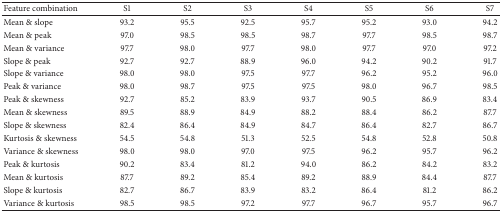
<table><thead><tr><td><b>Feature combination</b></td><td><b>S1</b></td><td><b>S2</b></td><td><b>S3</b></td><td><b>S4</b></td><td><b>S5</b></td><td><b>S6</b></td><td><b>S7</b></td></tr></thead><tbody><tr><td>Mean &amp; slope</td><td>93.2</td><td>95.5</td><td>92.5</td><td>95.7</td><td>95.2</td><td>93.0</td><td>94.2</td></tr><tr><td>Mean &amp; peak</td><td>97.0</td><td>98.5</td><td>98.5</td><td>98.7</td><td>97.7</td><td>98.5</td><td>98.7</td></tr><tr><td>Mean &amp; variance</td><td>97.7</td><td>98.0</td><td>97.7</td><td>98.0</td><td>97.7</td><td>97.0</td><td>97.2</td></tr><tr><td>Slope &amp; peak</td><td>92.7</td><td>92.7</td><td>88.9</td><td>96.0</td><td>94.2</td><td>90.2</td><td>91.7</td></tr><tr><td>Slope &amp; variance</td><td>98.0</td><td>98.0</td><td>97.5</td><td>97.7</td><td>96.2</td><td>95.2</td><td>96.0</td></tr><tr><td>Peak &amp; variance</td><td>98.0</td><td>98.7</td><td>97.5</td><td>97.5</td><td>98.0</td><td>96.7</td><td>98.5</td></tr><tr><td>Peak &amp; skewness</td><td>92.7</td><td>85.2</td><td>83.9</td><td>93.7</td><td>90.5</td><td>86.9</td><td>83.4</td></tr><tr><td>Mean &amp; skewness</td><td>89.5</td><td>88.9</td><td>84.9</td><td>88.2</td><td>88.4</td><td>86.2</td><td>87.7</td></tr><tr><td>Slope &amp; skewness</td><td>82.4</td><td>86.4</td><td>84.9</td><td>84.7</td><td>86.4</td><td>82.7</td><td>86.7</td></tr><tr><td>Kurtosis &amp; skewness</td><td>54.5</td><td>54.8</td><td>51.3</td><td>52.5</td><td>54.8</td><td>52.8</td><td>50.8</td></tr><tr><td>Variance &amp; skewness</td><td>98.0</td><td>98.0</td><td>97.0</td><td>97.5</td><td>96.2</td><td>95.7</td><td>96.2</td></tr><tr><td>Peak &amp; kurtosis</td><td>90.2</td><td>83.4</td><td>81.2</td><td>94.0</td><td>86.2</td><td>84.2</td><td>83.2</td></tr><tr><td>Mean &amp; kurtosis</td><td>87.7</td><td>89.2</td><td>85.4</td><td>89.2</td><td>88.9</td><td>84.4</td><td>87.7</td></tr><tr><td>Slope &amp; kurtosis</td><td>82.7</td><td>86.7</td><td>83.9</td><td>83.2</td><td>86.4</td><td>81.2</td><td>86.2</td></tr><tr><td>Variance &amp; kurtosis</td><td>98.5</td><td>98.5</td><td>97.2</td><td>97.7</td><td>96.7</td><td>95.7</td><td>96.7</td></tr></tbody></table>